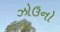
ઝોઉનો